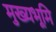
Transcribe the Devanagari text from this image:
मुख्‍यभूमि